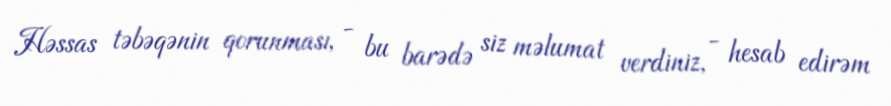
Həssas təbəqənin qorunması, - bu barədə siz məlumat verdiniz, - hesab edirəm